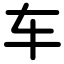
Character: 车